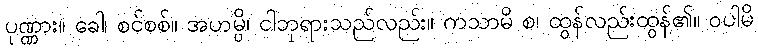
ပုဏ္ဏား။ ခေါ၊ စင်စစ်။ အဟမ္ပိ၊ ငါဘုရားသည်လည်း။ ကသာမိ စ၊ ထွန်လည်းထွန်၏။ ဝပါမိ